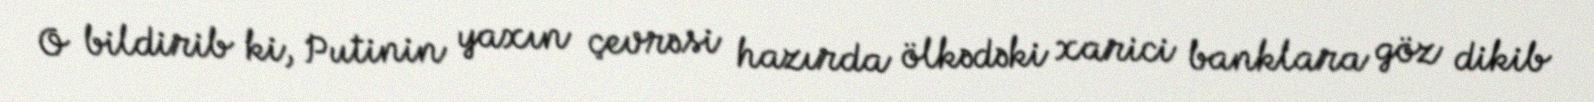
O bildirib ki, Putinin yaxın çevrəsi hazırda ölkədəki xarici banklara göz dikib